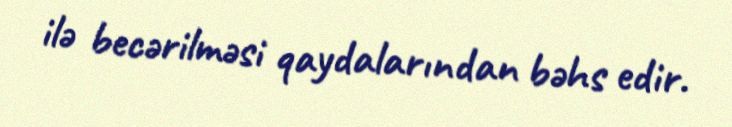
ilə becərilməsi qaydalarından bəhs edir.